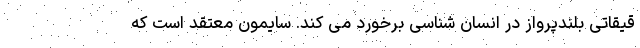
قیقاتی بلندپرواز در انسان شناسی برخورد می کند. سایمون معتقد است که